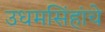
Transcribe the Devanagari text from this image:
उधमसिंहांचे